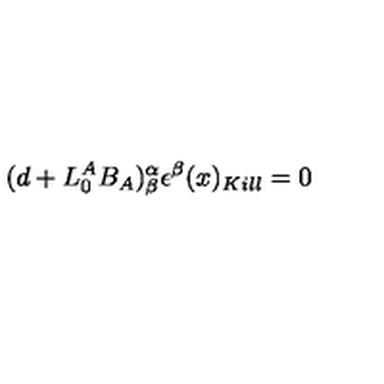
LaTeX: ( d + L _ { 0 } ^ { A } B _ { A } ) _ { \beta } ^ { \alpha } \epsilon ^ { \beta } ( x ) _ { K i l l } = 0